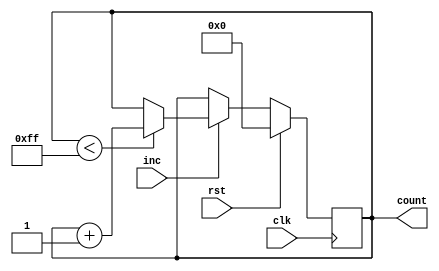
module IncrementalCounter #(
    parameter INITIAL_VALUE = 0,  // Initial value of the counter
    parameter MAX_VALUE = 255,     // Maximum value of the counter
    parameter WIDTH = 8             // Bit-width of the counter
)(
    input wire clk,                // Clock signal
    input wire rst,                // Reset signal (active-high)
    input wire inc,                // Increment trigger signal
    output reg [WIDTH-1:0] count   // Current count value
);

    // Always block for synchronous operations
    always @(posedge clk) begin
        if (rst) begin
            // Reset the counter to the initial value
            count <= INITIAL_VALUE;
        end else if (inc) begin
            // Increment the counter
            if (count < MAX_VALUE) begin
                count <= count + 1;
            end
            // Optionally, handle overflow by wrapping around
            // else begin
            //     count <= INITIAL_VALUE; // Uncomment for wrap-around behavior
            // end
        end
    end

endmodule